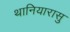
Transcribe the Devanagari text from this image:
थानियारासु